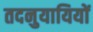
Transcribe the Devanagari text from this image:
तदनुयायियों